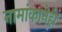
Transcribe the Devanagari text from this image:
नामांकानेही